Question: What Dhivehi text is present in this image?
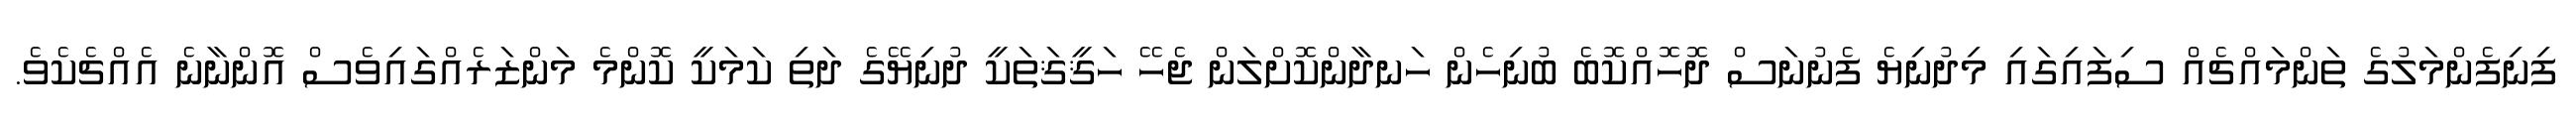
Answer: ފިނިފެންމަލުގެ ތަންމައްޗެއް ސިފައިގައި މިދުނިޔެ ފެނުނަސް ދޮހޮއްކޮބެ ބުނިހެން ހަނދާންކޮށްލަން ޖެހޭ ހަޤީޤަތަކީ ދުނިޔޭގެ ދަތި ކަމަކީ ކޮންމެ މަންޒަރެއްގައިވެސް އޮންނާނެ އެއްޗެކެވެ.